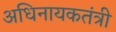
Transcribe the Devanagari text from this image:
अधिनायकतंत्री